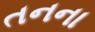
તનના